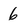
Character: 6